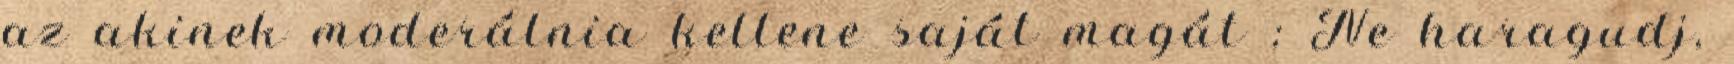
az akinek moderálnia kellene saját magát ; Ne haragudj,